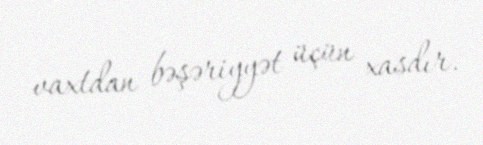
vaxtdan bəşəriyyət üçün xasdır.